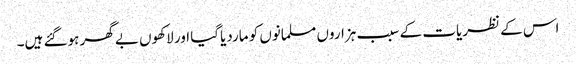
اس کے نظریات کے سبب ہزاروں مسلمانوں کو ماردیاگیا اور لاکھوں بے گھر ہوگئے ہیں۔